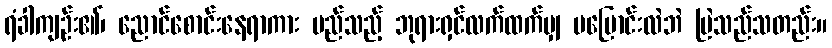
ရံခါကျဉ်း၏၊ ညောင်စောင်းနေရာကား မည်သည့် ဘုရားရှင်လက်ထက်မျှ မပြောင်းလဲဘဲ မြဲသည်သတည်း။